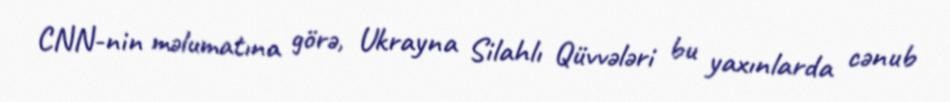
CNN-nin məlumatına görə, Ukrayna Silahlı Qüvvələri bu yaxınlarda cənub